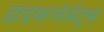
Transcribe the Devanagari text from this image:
डाइवरसेमेंट्स